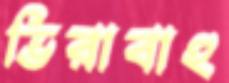
ভিরাবাহু